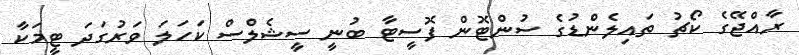
ރާއްޖޭގެ ކޯޗު ތައިލެންޑުގެ ސުންޓޮން ފޮސީޓާ ބުނީ ސީޝެލްސް ކަހަލަ ވަރުގަދަ ޓީމަކާ